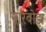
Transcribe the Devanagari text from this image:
नारबोझ